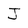
Character: J